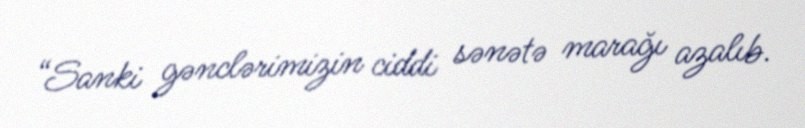
“Sanki gənclərimizin ciddi sənətə marağı azalıb.